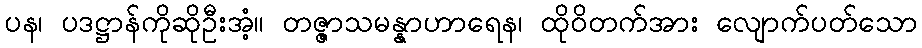
ပန၊ ပဒဋ္ဌာန်ကိုဆိုဦးအံ့။ တဇ္ဇာသမန္နာဟာရေန၊ ထိုဝိတက်အား လျောက်ပတ်သော